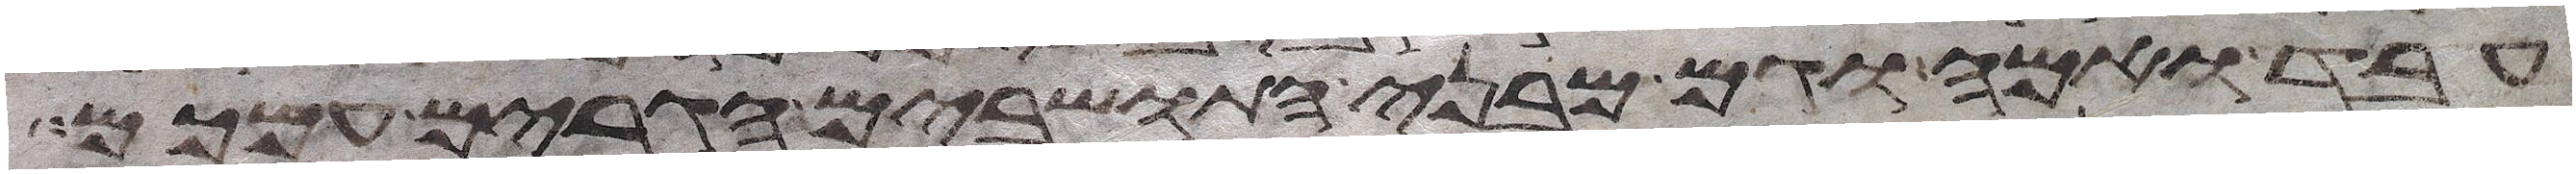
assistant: עבד ואמה וגם מבני התושבים הגרים עמכם